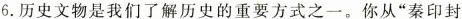
6.历史文物是我们了解历史的重要方式之一。你从”秦印封